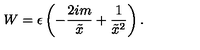
W = \epsilon \left( - \frac { 2 i m } { \tilde { x } } + \frac { 1 } { \tilde { x } ^ { 2 } } \right) .